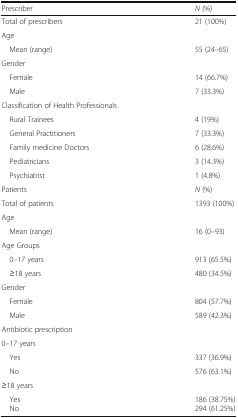
| Prescriber | N (%) |
 | --- | --- |
 | Total of prescribers | 21 (100%) |
 | Age |  |
 | Mean (range) | 55 (24–65) |
 | Gender |  |
 | Female | 14 (66.7%) |
 | Male | 7 (33.3%) |
 | Classification of Health Professionals |  |
 | Rural Trainees | 4 (19%) |
 | General Practitioners | 7 (33.3%) |
 | Family medicine Doctors | 6 (28.6%) |
 | Pediatricians | 3 (14.3%) |
 | Psychiatrist | 1 (4.8%) |
 | Patients | N (%) |
 | Total of patients | 1393 (100%) |
 | Age |  |
 | Mean (range) | 16 (0–93) |
 | Age Groups |  |
 | 0–17 years | 913 (65.5%) |
 | ≥18 years | 480 (34.5%) |
 | Gender |  |
 | Female | 804 (57.7%) |
 | Male | 589 (42.3%) |
 | Antibiotic prescription |  |
 | 0–17 years |  |
 | Yes | 337 (36.9%) |
 | No | 576 (63.1%) |
 | ≥18 years |  |
 | Yes No | 186 (38.75%)294 (61.25%) |